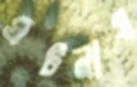
ঘটনায়